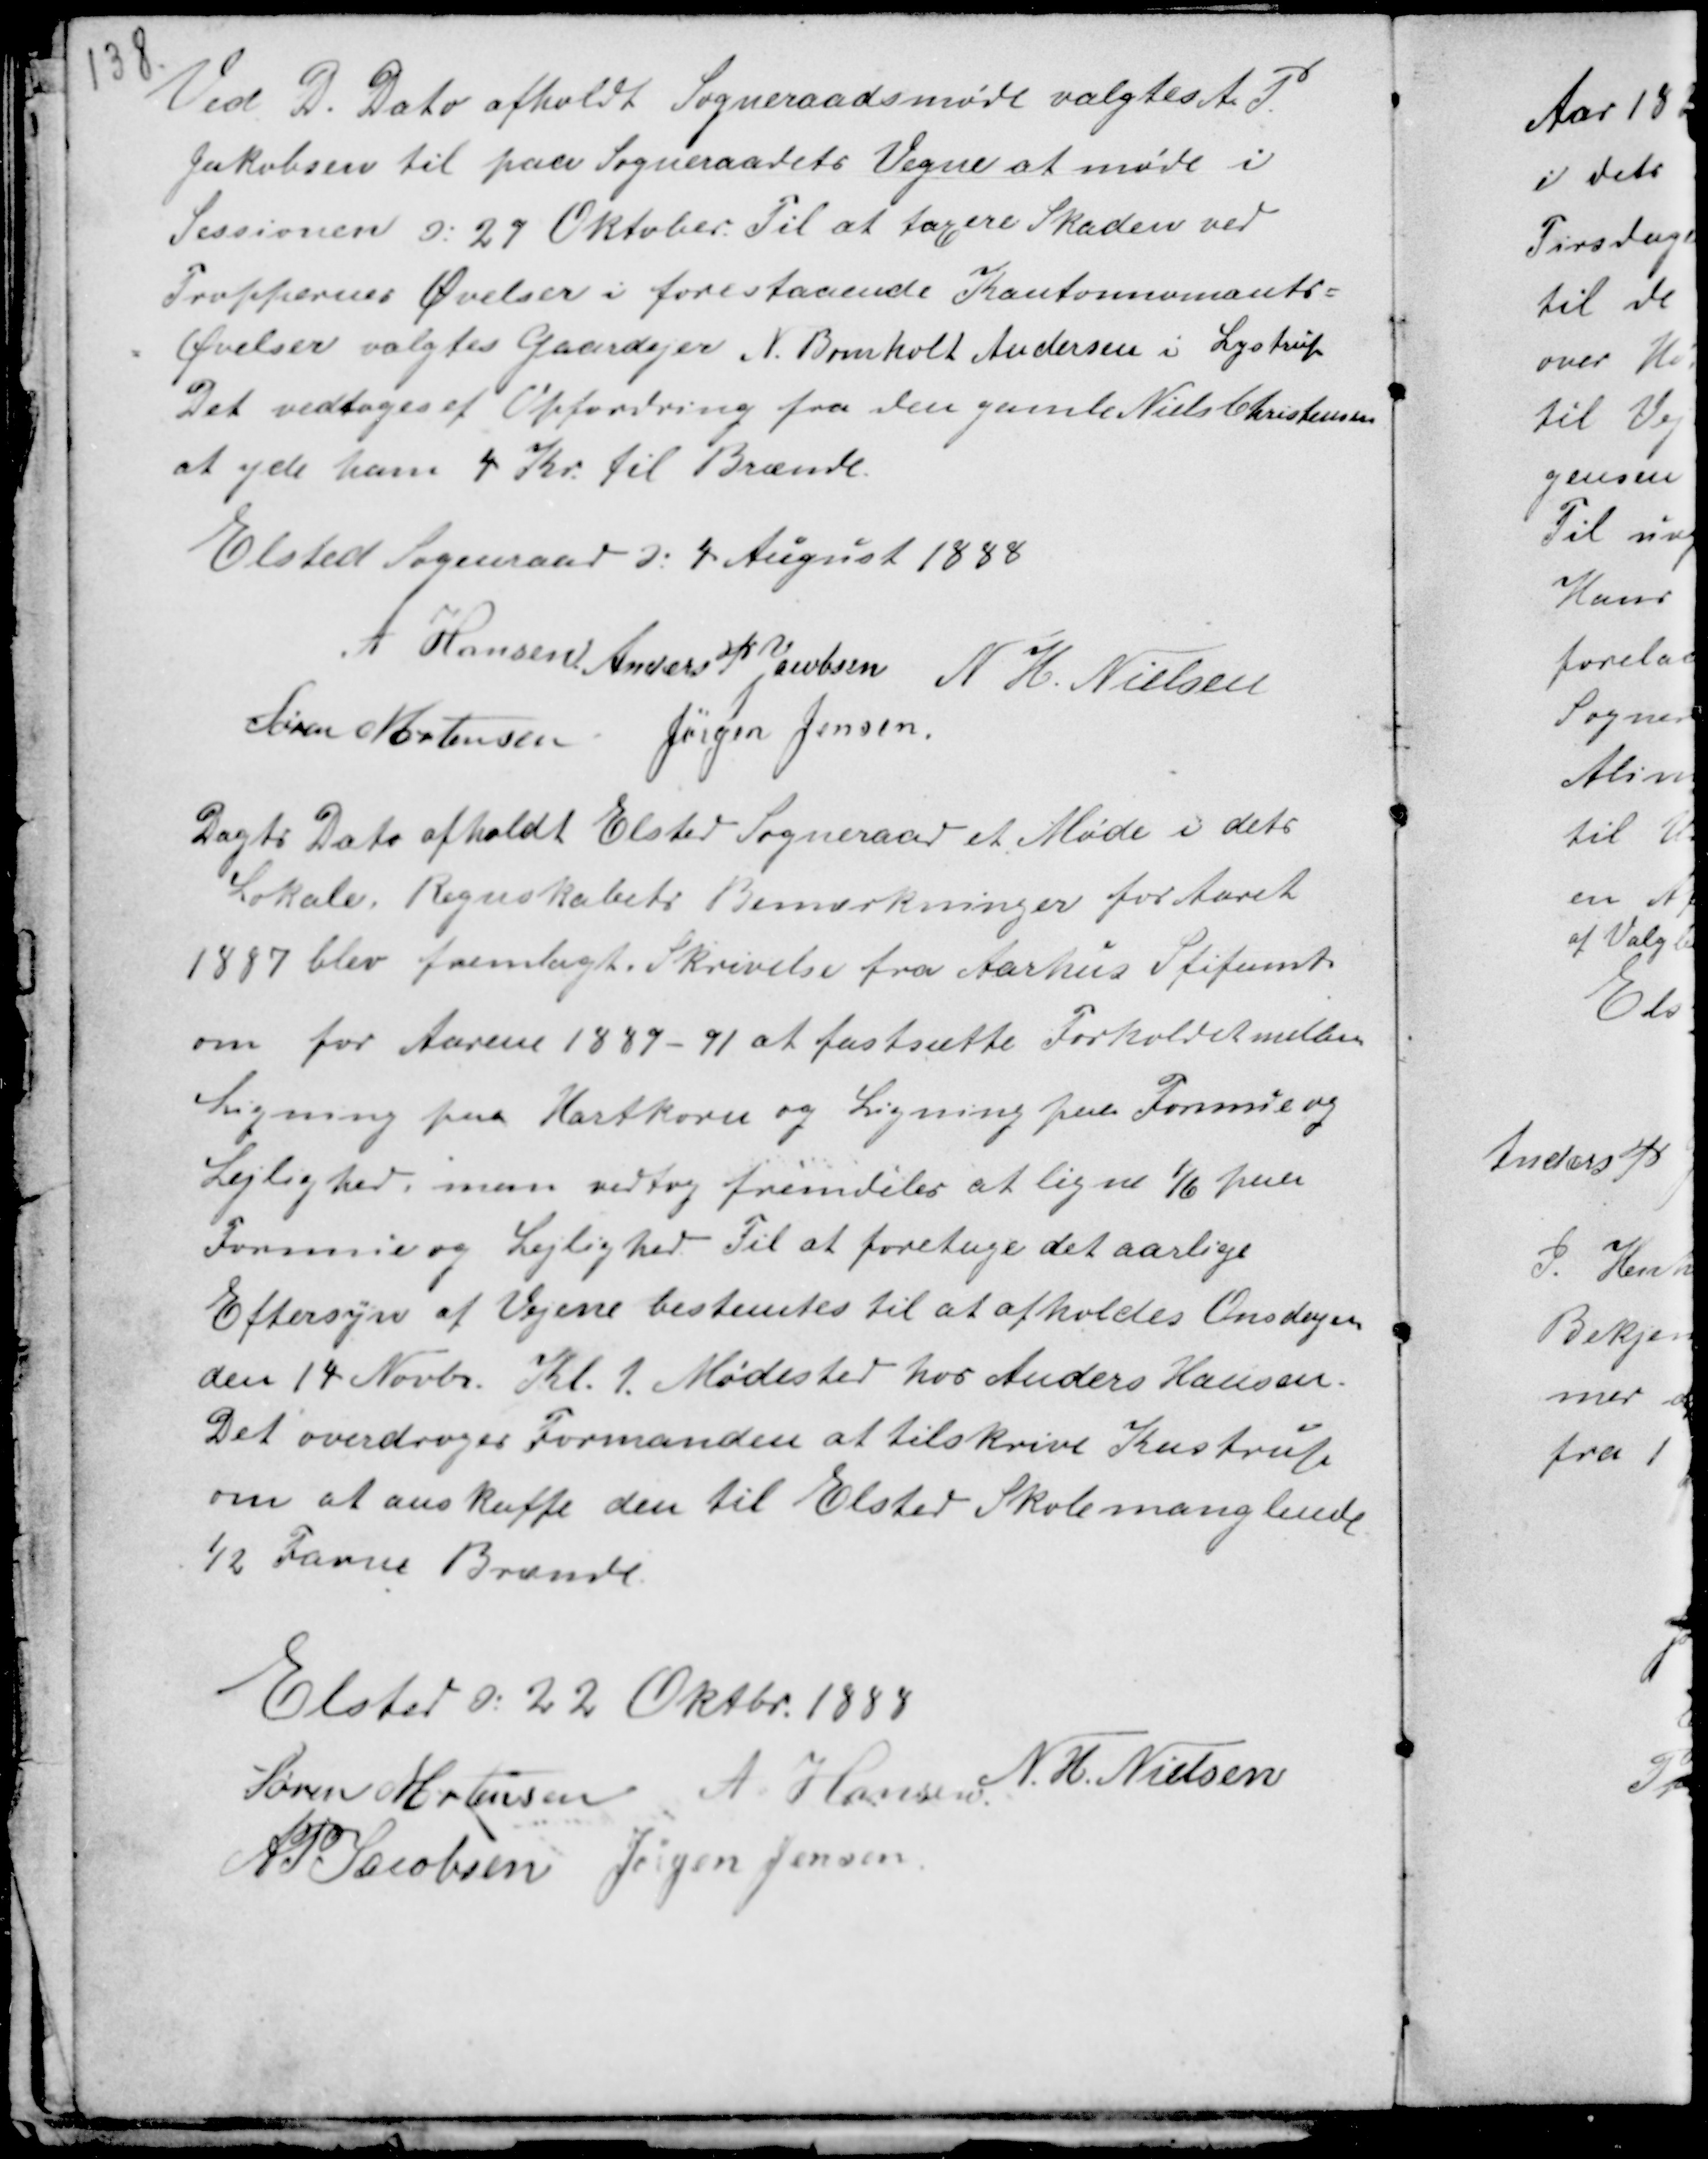
Transskription:
Ved D. Dato afholdt Sogneraadsmøde valgtes A P.
Jakobsen til paa Sogneraadets Vegne at møde i
Sessionen d. 27 Oktober. Til at taxere Skaden ved
Troppernes Øvelser i forestaaende Kantonnemænts-
Øvelser valgtes Gardejer N. Bomholt Andersen i Lystrup
Det vedtoges ef Opfordring fra den gamle Niels Christensen
at yde ham 4 kr. til Brænde.

Elsted Sogneraad d. 4 August 1888
A Hansen Anders P Jacobsen N H. Nielsen
Søren Mortensen Jørgen Jensen.

Dags Dato afholdt Elsted Sogneraad et Møde i dets
Lokale. Regnskabets Bemærkninger for Aaret
1887 blev fremlagt. Skrivelse fra Aarhus Stiftamt
om for Aarene 1887-91 at fastsætte Forholdet mellem
Ligning paa Hartkorn og Ligning paa Formue og
Lejlighed, man vedtog fremdeles at ligne 1/6 paa
Formue og Lejlighed Til at foretage det aarlige
Eftersyn af Vejene bestemtes til at afholdes Onsdagen
den 14 Novbr. Kl. 1. Mødested hos Anders Hansen.
Det overdroges Formanden at tilskrive Kastrup
om at anskaffe den til Elsted Skole manglende
42 Favne Brænde

Elsted d. 22 Oktbr. 1888
Søren Mortensen A Hansen
N. H. Nielsen
AP Jacobsen Jørgen Jensen